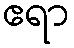
ဧရာ